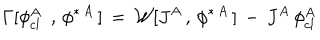
LaTeX: \Gamma [ \phi _ { c l \, \, } ^ { A } \, , \, \phi ^ { \ast \, A } \, ] \, = \, { \cal W } [ J ^ { A } \, , \, \phi ^ { \ast \, A } \, ] \, - \, J ^ { A } \, \phi _ { c l \, } ^ { A }